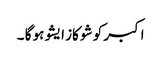
اکبر کو شو کاز ایشو ہو گا ۔